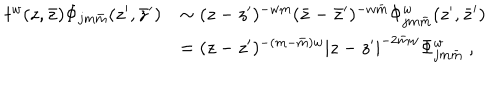
LaTeX: \begin{array} { c l } { { t ^ { w } ( z , \bar { z } ) \Phi _ { j m \bar { m } } ( z ^ { \prime } , \bar { z } ^ { \prime } ) } } & { { \sim ( z - z ^ { \prime } ) ^ { - w m } ( \bar { z } - \bar { z } ^ { \prime } ) ^ { - w \bar { m } } \Phi _ { j m \bar { m } } ^ { w } ( z ^ { \prime } , \bar { z } ^ { \prime } ) } } \\ { { } } & { { = ( z - z ^ { \prime } ) ^ { - ( m - \bar { m } ) w } | z - z ^ { \prime } | ^ { - 2 \bar { m } w } \Phi _ { j m \bar { m } } ^ { w } ~ , } } \\ \end{array}